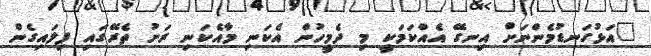
"އަޅުގަނޑުމެންނަށް އިނގޭ އެއްކަމަކީ މި ދެމީހުން އެކަނި މާއެކަނި ރަށު ތެރޭގައި ފިލައިގެން